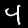
Digit: 4